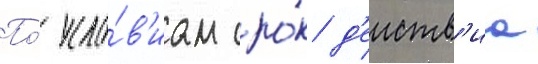
По́ усло́в'иам сро́к д'еиств'иа